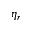
\eta _ { r }